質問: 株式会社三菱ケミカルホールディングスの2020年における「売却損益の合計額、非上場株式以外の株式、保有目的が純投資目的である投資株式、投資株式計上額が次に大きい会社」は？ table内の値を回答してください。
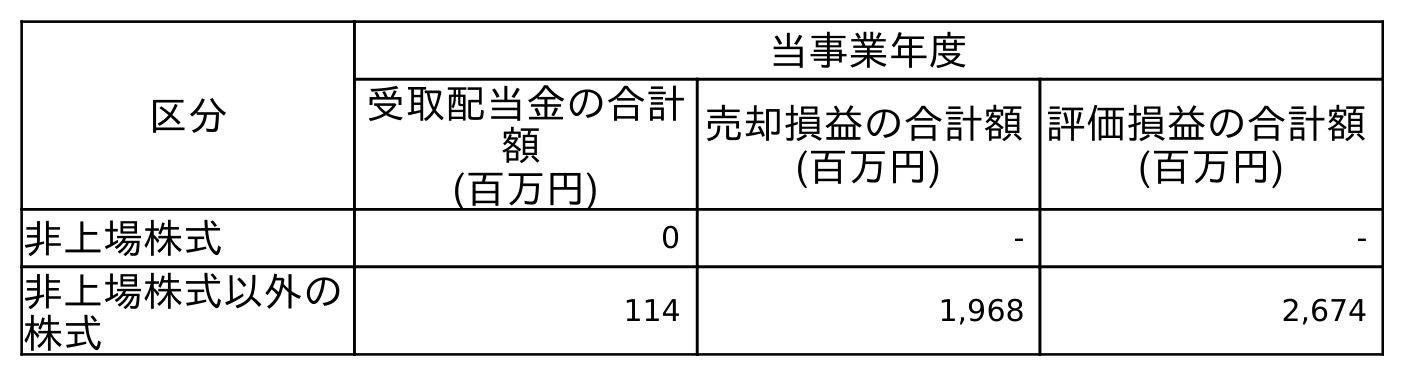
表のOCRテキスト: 区分 当事業年度 受取配当金の合計 額 (百万円) 売却損益の合計額 (百万円) 評価損益の合計額 (百万円) 非上場株式 0 - - 非上場株式以外の 株式 114 1,968 2,674
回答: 1,968